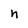
Character: n